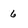
Character: 6